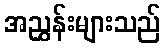
အညွှန်းများသည်